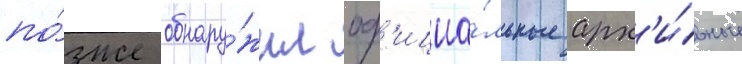
по́зже обнару́жил оф'ициа́льные арх'и́вные